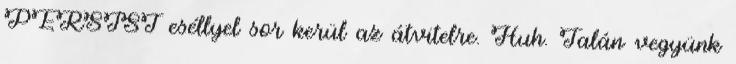
PERSIST eséllyel sor kerül az átvitelre. Huh. Talán vegyünk